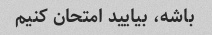
باشه، بیایید امتحان کنیم